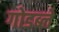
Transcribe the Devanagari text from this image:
गोडब्ले